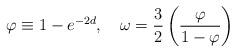
LaTeX: \begin{align*}\varphi \equiv 1-e^{-2d},\quad \omega=\frac{3}{2} \left( \frac{\varphi}{1-\varphi} \right)\end{align*}